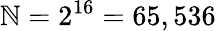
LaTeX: \mathbb{N}=2^{16}=65,536